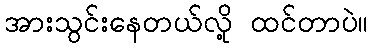
အားသွင်းနေတယ်လို့ ထင်တာပဲ။